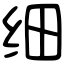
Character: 细